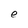
Character: e